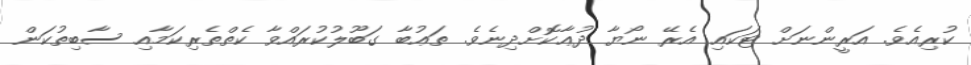
ކުރިއެވެ. އަރީންނަށް ޓަކައި އެރޭ ނޯޔާ ދުޢާކޮށްދިނެވެ. ތަޢުބާ ގަބޫލުކުރައްވާ ކެތްތެރިކަމާއި ސާބިތުކަން